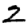
Digit: 2